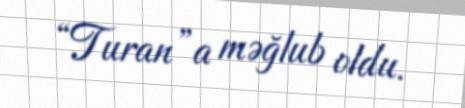
“Turan”a məğlub oldu.